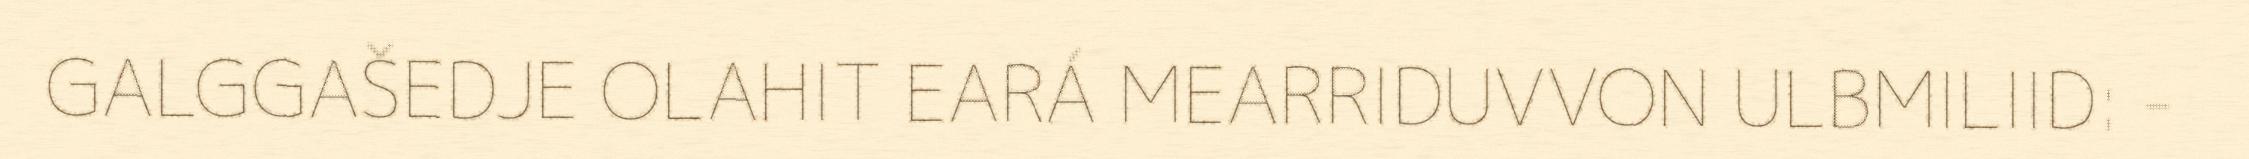
GALGGAŠEDJE OLAHIT EARÁ MEARRIDUVVON ULBMILIID: -